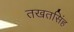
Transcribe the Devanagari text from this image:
तखतसिंह